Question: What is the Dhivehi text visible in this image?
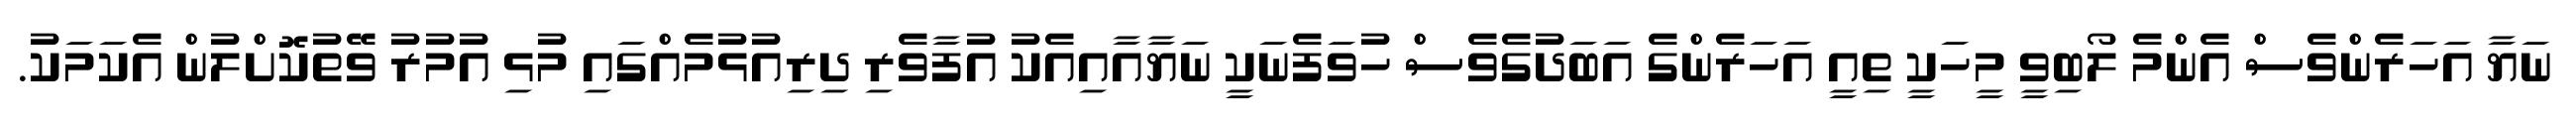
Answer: ނަޔާ އަހަރެންވެސް އެންމެ ލޯބިވީ މީހަކީ ތިއީ އަހަރެންގެ އަބަދުގެވެސް ހުވަފެނަކީ ނަޔާއާއިއެކު އުފާވެރި ދިރިއުޅުމެއްގައި މުޅި އުމުރު ވޭތުކޮށްލުން އެކަމަކު.